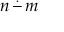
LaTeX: n \, { \stackrel { . } { - } } \, m